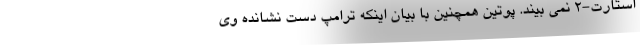
استارت-۲ نمی بیند. پوتین همچنین با بیان اینکه ترامپ دست نشانده وی